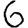
Digit: 6